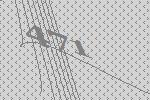
471